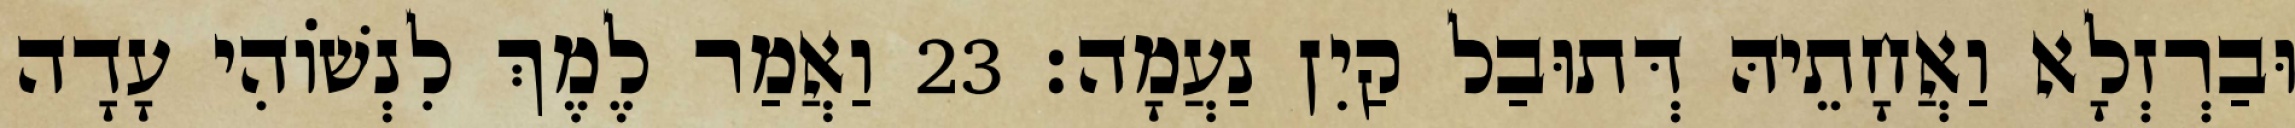
וּבַרְזְלָא וַאֲחָתֵיהּ דְּתוּבַל קַיִן נַעֲמָה׃ 23 וַאֲמַר לֶמֶךְ לִנְשׁוֹהִי עָדָה